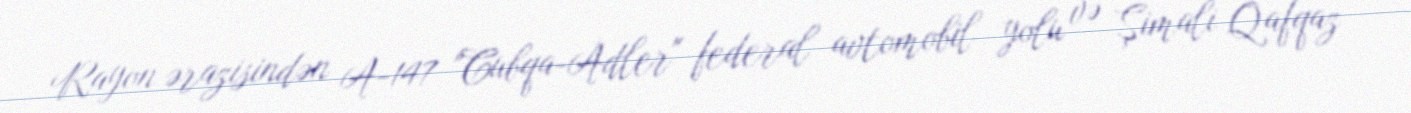
Rayon ərazisindən A-147 "Cubqa-Adler" federal avtomobil yolu və Şimali Qafqaz